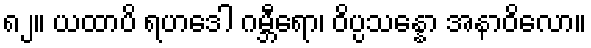
၈၂။ ယထာပိ ရဟဒေါ ဂမ္ဘီရော၊ ဝိပ္ပသန္နော အနာဝိလော။